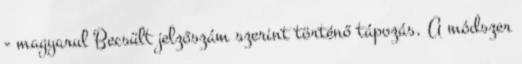
- magyarul Becsült jelzőszám szerint történő tápozás. A módszer